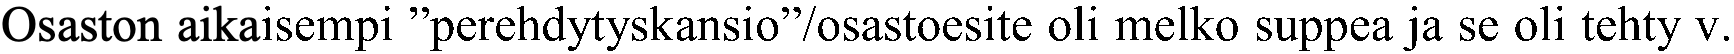
Osaston aikaisempi ”perehdytyskansio”/osastoesite oli melko suppea ja se oli tehty v.